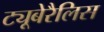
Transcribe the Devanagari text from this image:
ट्यूबेरैलिस